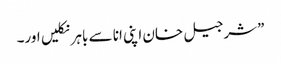
”شرجیل خان اپنی انا سے باہر نکلیں اور۔